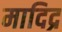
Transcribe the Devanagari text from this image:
मादिद्र